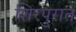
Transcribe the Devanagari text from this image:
शिरपुरात